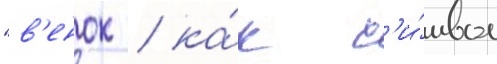
"в'енок / ка́к с'и́мвол